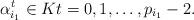
LaTeX: \begin{align*}\alpha_{i_1}^t \in K t=0,1,\dots, p_{i_1}-2.\end{align*}